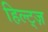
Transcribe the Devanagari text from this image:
हिल्ट्ज़